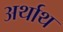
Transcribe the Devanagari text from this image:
अर्थाथ